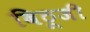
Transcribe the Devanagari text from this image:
विठूजी